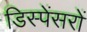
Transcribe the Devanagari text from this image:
डिस्पेंसरों